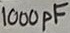
Text: 1000pF